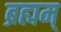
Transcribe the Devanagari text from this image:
ब्रह्मम्